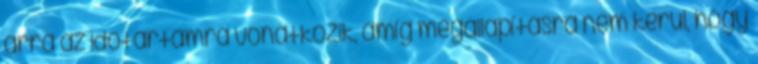
arra az időtartamra vonatkozik, amíg megállapításra nem kerül, hogy